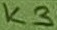
Text: K3